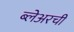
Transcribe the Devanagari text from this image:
ब्लेअरची